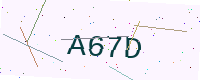
Text: A67D